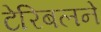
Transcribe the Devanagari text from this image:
टेरिबलने